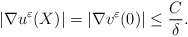
\begin{align*}|\nabla u^{\varepsilon}(X)| = |\nabla v^{\varepsilon}(0)| \le \frac{C}{\delta}.\end{align*}